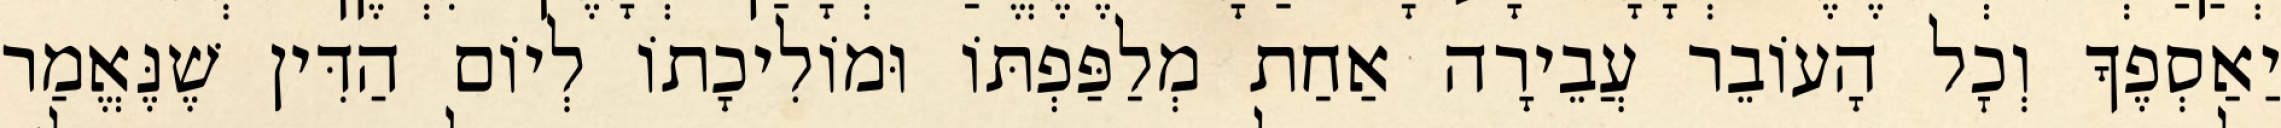
יַאַסְפֶךָ וְכׇל הָעוֹבֵר עֲבֵירָה אַחַת מְלַפַּפְתּוֹ וּמוֹלִיכָתוֹ לְיוֹם הַדִּין שֶׁנֶּאֱמַר